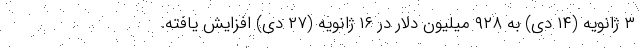
۳ ژانویه (۱۴ دی) به ۹۲۸ میلیون دلار در ۱۶ ژانویه (۲۷ دی) افزایش یافته.